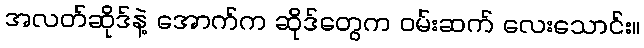
အလတ်ဆိုဒ်နဲ့ အောက်က ဆိုဒ်တွေက ဝမ်းဆက် လေးသောင်း။